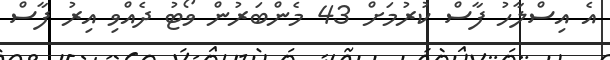
އެ އިސްލާހު ފާސް ކުރުމަށް 43 މެންބަރުން ވޯޓު ދެއްވި އިރު ފާސް